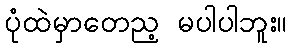
ပုံထဲမှာတေည့ မပါပါဘူး။